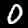
Digit: 0